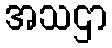
အသဌာ